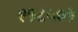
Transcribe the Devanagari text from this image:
९१८५०१